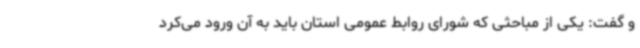
و گفت: یکی از مباحثی که شورای روابط عمومی استان باید به آن ورود می‌کرد